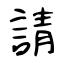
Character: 請